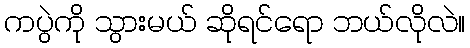
ကပွဲကို သွားမယ် ဆိုရင်ရော ဘယ်လိုလဲ။